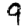
Digit: 9